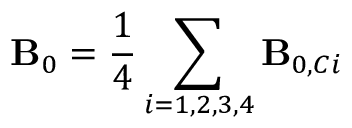
\mathbf { B } _ { 0 } = \frac { 1 } { 4 } \sum _ { i = 1 , 2 , 3 , 4 } \mathbf { B } _ { 0 , C i }